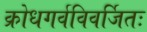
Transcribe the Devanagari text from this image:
क्रोधगर्वविवर्जितः